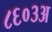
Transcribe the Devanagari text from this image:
८६०३अ